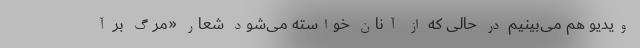
ویدیو هم می‌بینیم در حالی که از آنان خواسته می‌شود شعار «مرگ بر آ